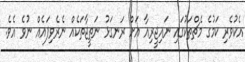
އެކުވެރި ކަަމުގެ މެޗްތަކުގައި ނައިޖީރިއާ އަށް ރަނގަޅު ނަތީޖާތަކެއް ނެރެވިފައެއް ނުވެ އެވެ.